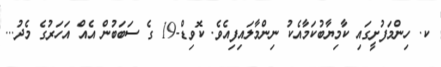
ކ. ހިންމަފުށީގައި ކާމިޔާބުކަމާއެކު ނިންމާލައިފިއެވެ. ކޮވިޑް-19 ގެ ސަބަބުން އެއް އަހަރުގެ މެދު...